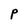
Character: P